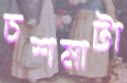
চশমাটা